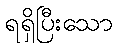
ရရှိပြီးသော